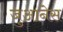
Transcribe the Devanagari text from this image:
जुआनेस